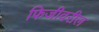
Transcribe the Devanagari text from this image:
फिजीवरील